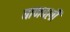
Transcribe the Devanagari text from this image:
बाणवली